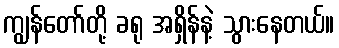
ကျွန်တော်တို့ ခရု အရှိန်နဲ့ သွားနေတယ်။